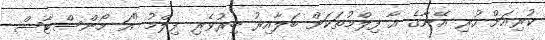
ކުރިއަށް ހުރި އޭނާގެ އާ ފިލްމުތަކަށް ބަލާއިރު ބިރުވެރި ފިލްމު "އަ މޯންސްޓާސް